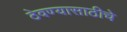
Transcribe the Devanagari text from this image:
ठेवण्यासाठीचे